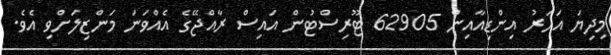
މިދިޔަ އަހަރު އިންޑިއާއިން 62905 ޓޫރިސްޓުން އައިސް ރާއްޖޭގެ އެއްވަނަ މަންޒިލަަށްވި އެވެ.